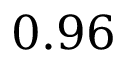
0 . 9 6